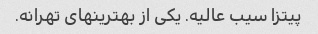
پیتزا سیب عالیه. یکی از بهترینهای تهرانه.